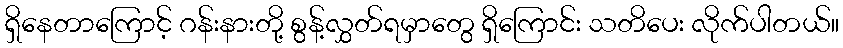
ရှိနေတာကြောင့် ဂန်းနားတို့ စွန့်လွှတ်ရမှာတွေ ရှိကြောင်း သတိပေး လိုက်ပါတယ်။